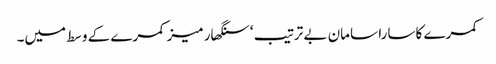
کمرے کا سارا سامان بے ترتیب ‘ سنگھار میز کمرے کے وسط میں۔